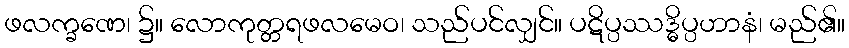
ဖလက္ခဏေ၊ ၌။ လောကုတ္တရဖလမေဝ၊ သည်ပင်လျှင်။ ပဋိပ္ပဿဒ္ဓိပ္ပဟာနံ၊ မည်၏။